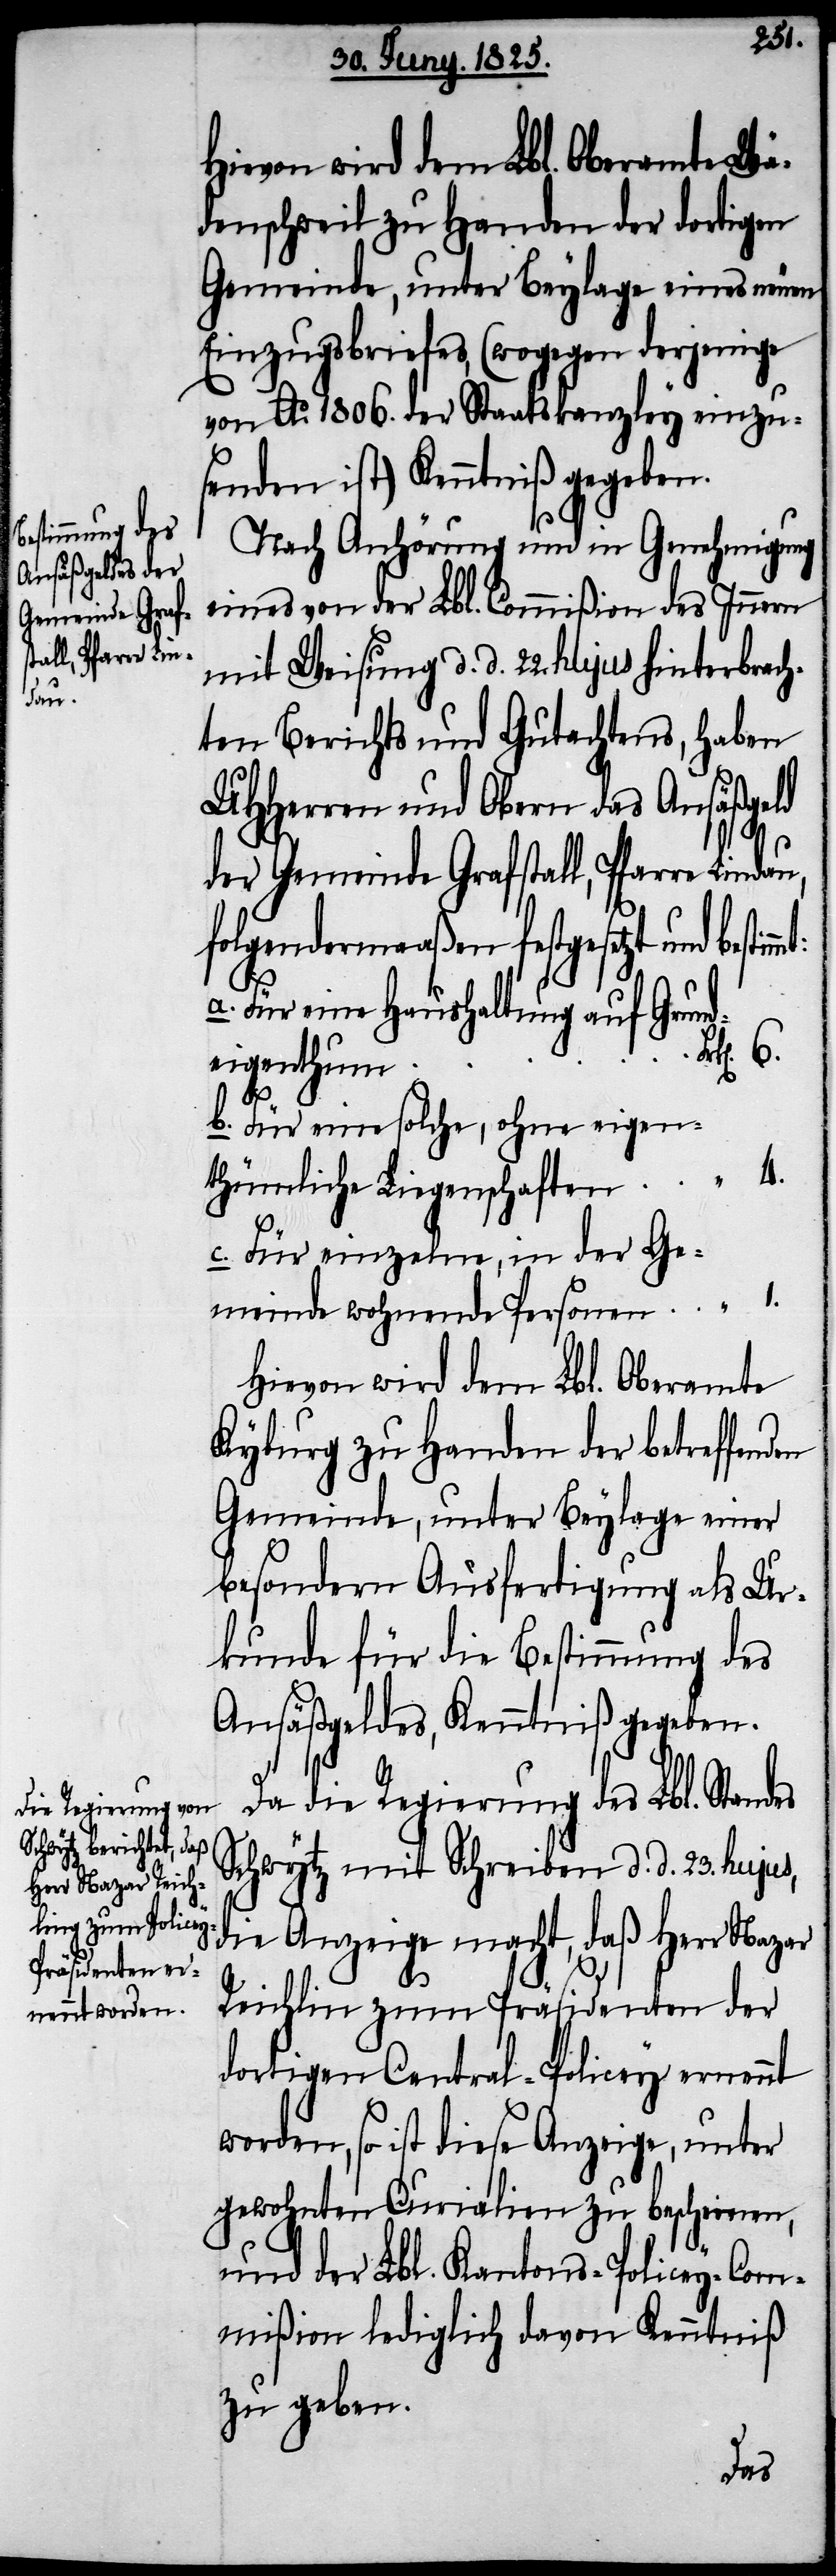
den
Präsidenten der

Hievon wird dem Lbl. Oberamte Wä¬
denschweil zu Handen der dortigen
Gemeinde, unter Beylage eines neuen
Einzugsbriefes, (wogegen derjenige
von Ao. 1806. der Staatskanzley einzu¬
senden ist) Kenntniß gegeben.
Nach Anhörung und in Genehmigung
eines von der Lbl. Commißion des Innern
mit Weisung d. d. 22. hujus hinterbrach¬
ten Berichts und Gutachtens, haben
UHHerren und Obern das Ansäßgeld
der Gemeinde Grafstall, Pfarre Lindau,
folgendermaaßen festgesetzt und
a. Für eine Haushaltung auf Grund¬
eigenthum.
b. Für eine solche, ohne eigen¬
thümliche Liegenschaften
c. Für einzelne, in der Ge¬
meinde wohnende Personen
Hievon wird dem Lbl. Oberamte
Kyburg zu Handen der betreffen¬
Gemeinde, unter Beylage einer
besondern Ausfertigung als Ur¬
kunde für die Bestimmung des
Ansäßgeldes, Kenntniß gegeben.
Da die Regierung des Lbl. Stan¬
Schwytz mit Schreiben d. d. 23. hujus,
die Anzeige macht, daß Herr Nazar
dortigen Central-Policey ernennt
worden, so ist diese Anzeige, unter
gewohnten Curialien zu bescheinen,
und der Lbl. Kantons-Policey-Com¬
mißion lediglich davon Kenntniß
zu geben.
des